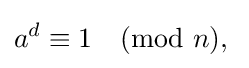
a^{d}\equiv 1{\pmod {n}},\;